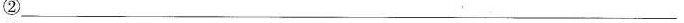
③___